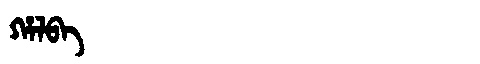
Manchu: ᡥᠠᠯᠪᠠ
Romanization: HALBA